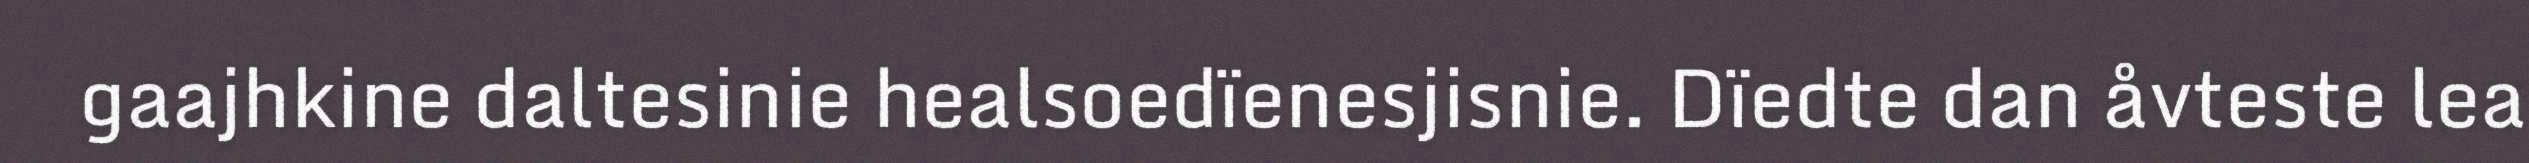
gaajhkine daltesinie healsoedïenesjisnie. Dïedte dan åvteste lea